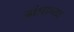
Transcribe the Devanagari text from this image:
आंध्राच्या